Medical and sanitary report on the native army of Bombay for the year
Year: 1878
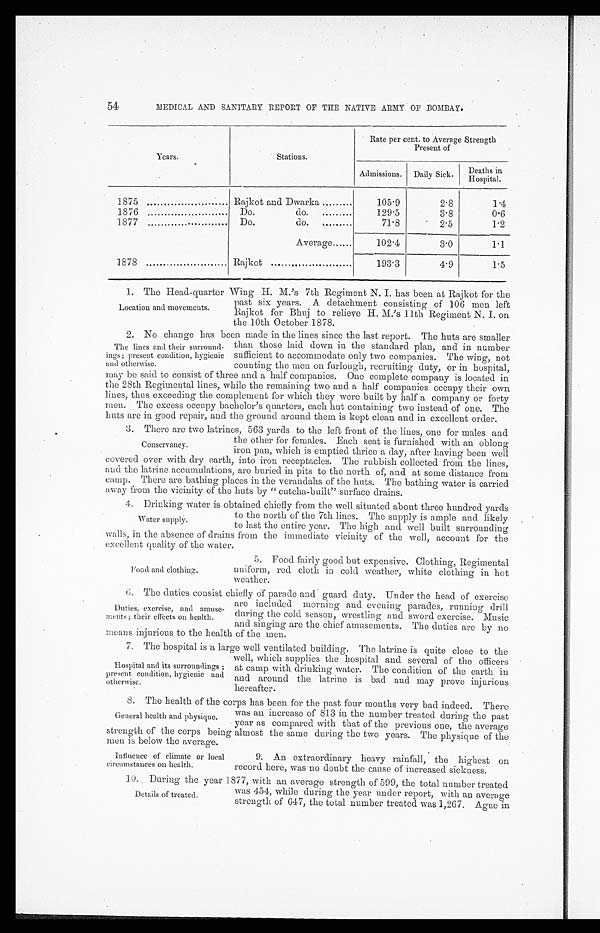
54
MEDICAL AND SANITARY REPORT OF THE NATIVE ARMY OF BOMBAY.
Years.
Stations.
Rate per cent. to Average Strength
Present of
Admissions.
Daily Sick.
Deaths in
Hospital.
1875
Rajkot and Dwarka
105.9
2.8
1.4
1876
Do.
do.
129.5
3.8
0.6
1877
Do.
do.
71.8
2 . 5
1.2
Average......
102.4
3.0
1.1
1878
Rajkot ......
193.3
4.9
1.5
1 The Head-qu arter Wing H. M.'s 7th Regiment N. I. has been at Rajkot for the
Location and movements.
past six years. A detachment consisting of 106 men left
Rajkot for Bhuj to relieve H. M.’s 11th Regiment N. I. on
the 10th October 1878.
2. No change has been made in the lines since the last report. The huts are smaller
The lines and their surround-
ings; present condition, hygienic
and otherwise.
than those laid down in the standard plan, and in number
sufficient to accommodate only two companies. The wing, not
counting the men on furlough, recruiting duty, or in hospital,
may be said to consist of three and a half companies. One complete company is located in
the 28th Regimental lines, while the remaining two and a half companies occupy their own
lines, thus exceeding the complement for which they were built by half a company or forty
men. The excess occupy bachelor's quarters, each hut containing two instead of one. The
huts are in good repair, and the ground around them is kept clean and in excellent order.
3. There are two latrines. 563 yards to the left front of the lines. one for males and
Conservancy.
the other for females. Each seat is furnished with an oblong
iron pan, which is emptied thrice a day, after having been well
covered over with dry earth, into iron receptacles. The rubbish collected from the lines,
and the latrine accumulations, are buried in pits to the north of, and at some distance from
camp. There are bathing places in the verandahs of the huts. The bathing water is carried
away from the vicinity of the huts by “cutcha-built” surface drains.
4. Drinking water is obtained chiefly from the well situated about three hundred yards
Water supply.
to the north of the 7th lines. The supply is ample and likely
to last, the entire year. The high and well built surrounding
walls, in the absence of drains from the immediate vicinity of the well, account for the
excellent quality of the water.
Food and clothing.
5. Food fairly good but expensive. Clothing, Regimental
uniform, red cloth in cold weather, white clothing in hot
weather.
6. The duties consist chiefly Of parade and guard duty. Under the head of exercise
Duties, exercise, and amuse-
ments ; their effects on health.
are included morning and evening parades, running drill
during the cold season, wrestling and sword exercise. Music
and singing are the chief amusements. The duties are by no
means injurious to the health of the men.
7. The hospital is a large well ventilated building. The latrine is quite close to the
Hospital and its surroundings ;
present condition, hygienic and
otherwise.
well, which supplies the hospital and several of the officers
at camp with . drinking water. The condition of the earth in
and around the latrine is bad and may prove injurious
hereafter.
8. The health of the corps has been for the past four months very bad indeed. There
General health and physique.
was an increase of 813 in the number treated during the past
year as compared with that of the previous one, the average
strength of the corps being almost the same during the two years. The physique of the
men is below the average.
influence of climate or local
circumstances on health.
9. An extraordinary heavy rainfall, the highest on
record here, was no doubt the cause of increased sickness.
10. During the year 1877, with an average strength of 599, the total number treated
Details of treated.
was 454, while during the year under report, with an average
strength of 647, the total number treated was 1,267. Ague in